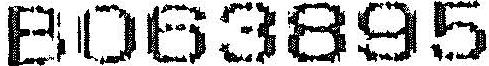
B063895